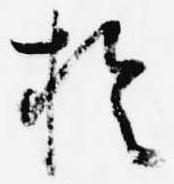
於